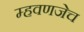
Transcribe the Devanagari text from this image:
म्हवणजेच